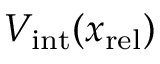
V _ { \mathrm { i n t } } ( x _ { \mathrm { r e l } } )